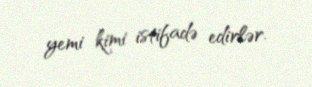
yemi kimi istifadə edirlər.